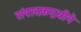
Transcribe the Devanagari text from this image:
संपादकद्वयीने